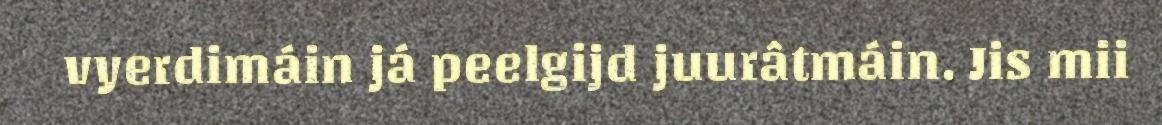
vyerdimáin já peelgijd juurâtmáin. Jis mii